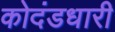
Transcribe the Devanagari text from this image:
कोदंडधारी